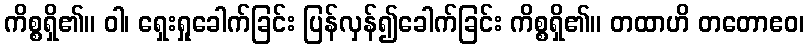
ကိစ္စရှိ၏။ ဝါ၊ ရှေးရှုခေါက်ခြင်း ပြန်လှန်၍ခေါက်ခြင်း ကိစ္စရှိ၏။ တထာဟိ တတောဧဝ၊